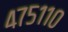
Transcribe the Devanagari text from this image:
४७५११०